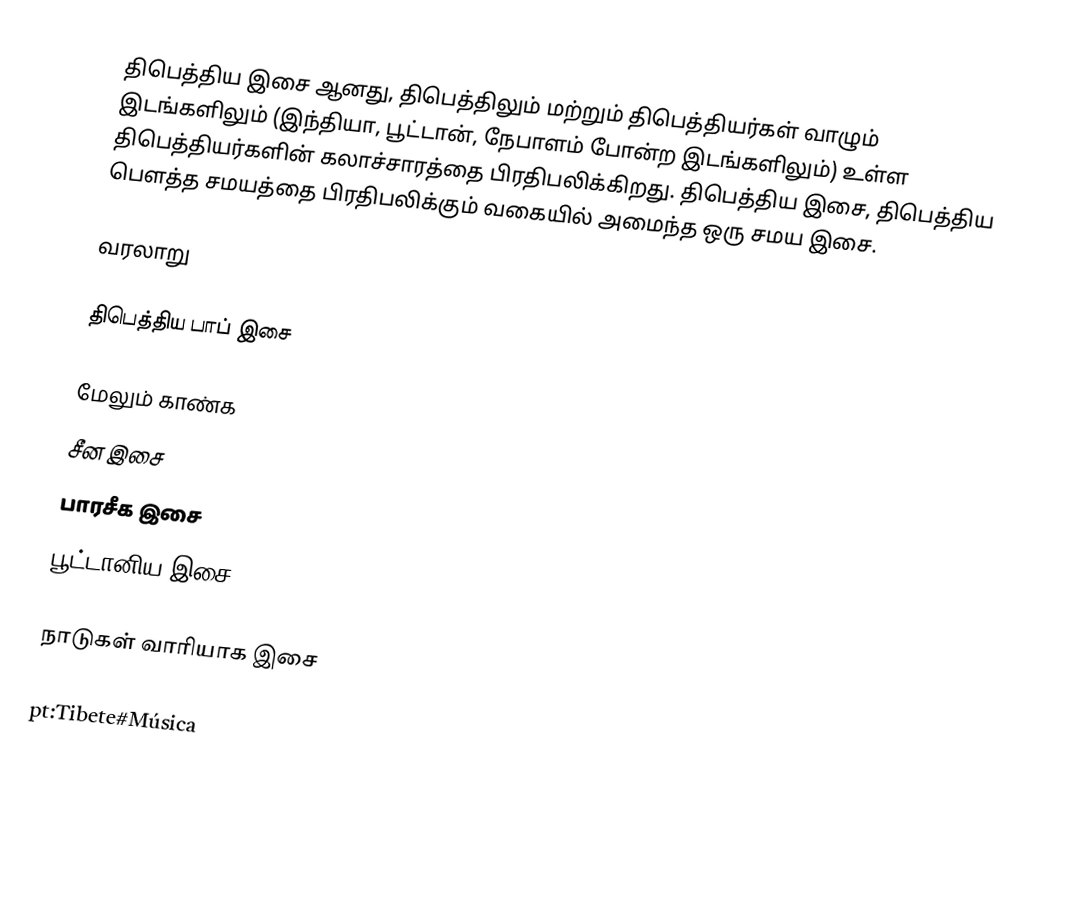
திபெத்திய இசை ஆனது, திபெத்திலும் மற்றும் திபெத்தியர்கள் வாழும் இடங்களிலும் (இந்தியா, பூட்டான், நேபாளம் போன்ற இடங்களிலும்) உள்ள திபெத்தியர்களின் கலாச்சாரத்தை பிரதிபலிக்கிறது. திபெத்திய இசை, திபெத்திய பௌத்த சமயத்தை பிரதிபலிக்கும் வகையில் அமைந்த ஒரு சமய இசை.

வரலாறு

திபெத்திய பாப் இசை

மேலும் காண்க
 சீன இசை
 பாரசீக இசை
 பூட்டானிய இசை

நாடுகள் வாரியாக இசை

pt:Tibete#Música